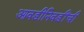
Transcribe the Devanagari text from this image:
आवडीनिवडींची